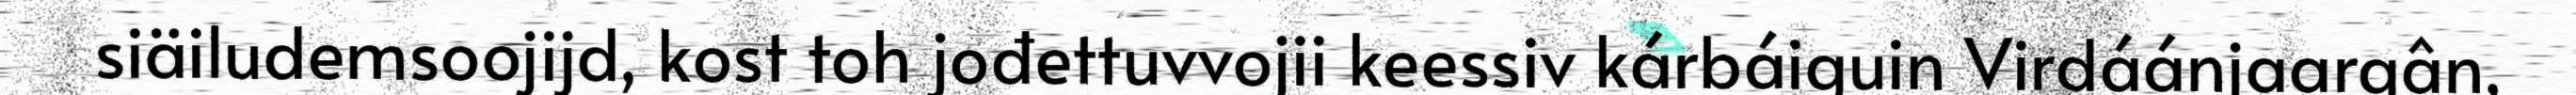
siäiludemsoojijd, kost toh jođettuvvojii keessiv kárbáiguin Virdáánjaargân,